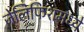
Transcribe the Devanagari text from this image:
जेलिफिशमध्ये